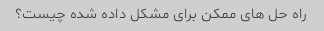
راه حل های ممکن برای مشکل داده شده چیست؟